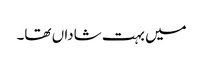
میں بہت شاداں تھا۔